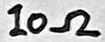
Text: 10Ω